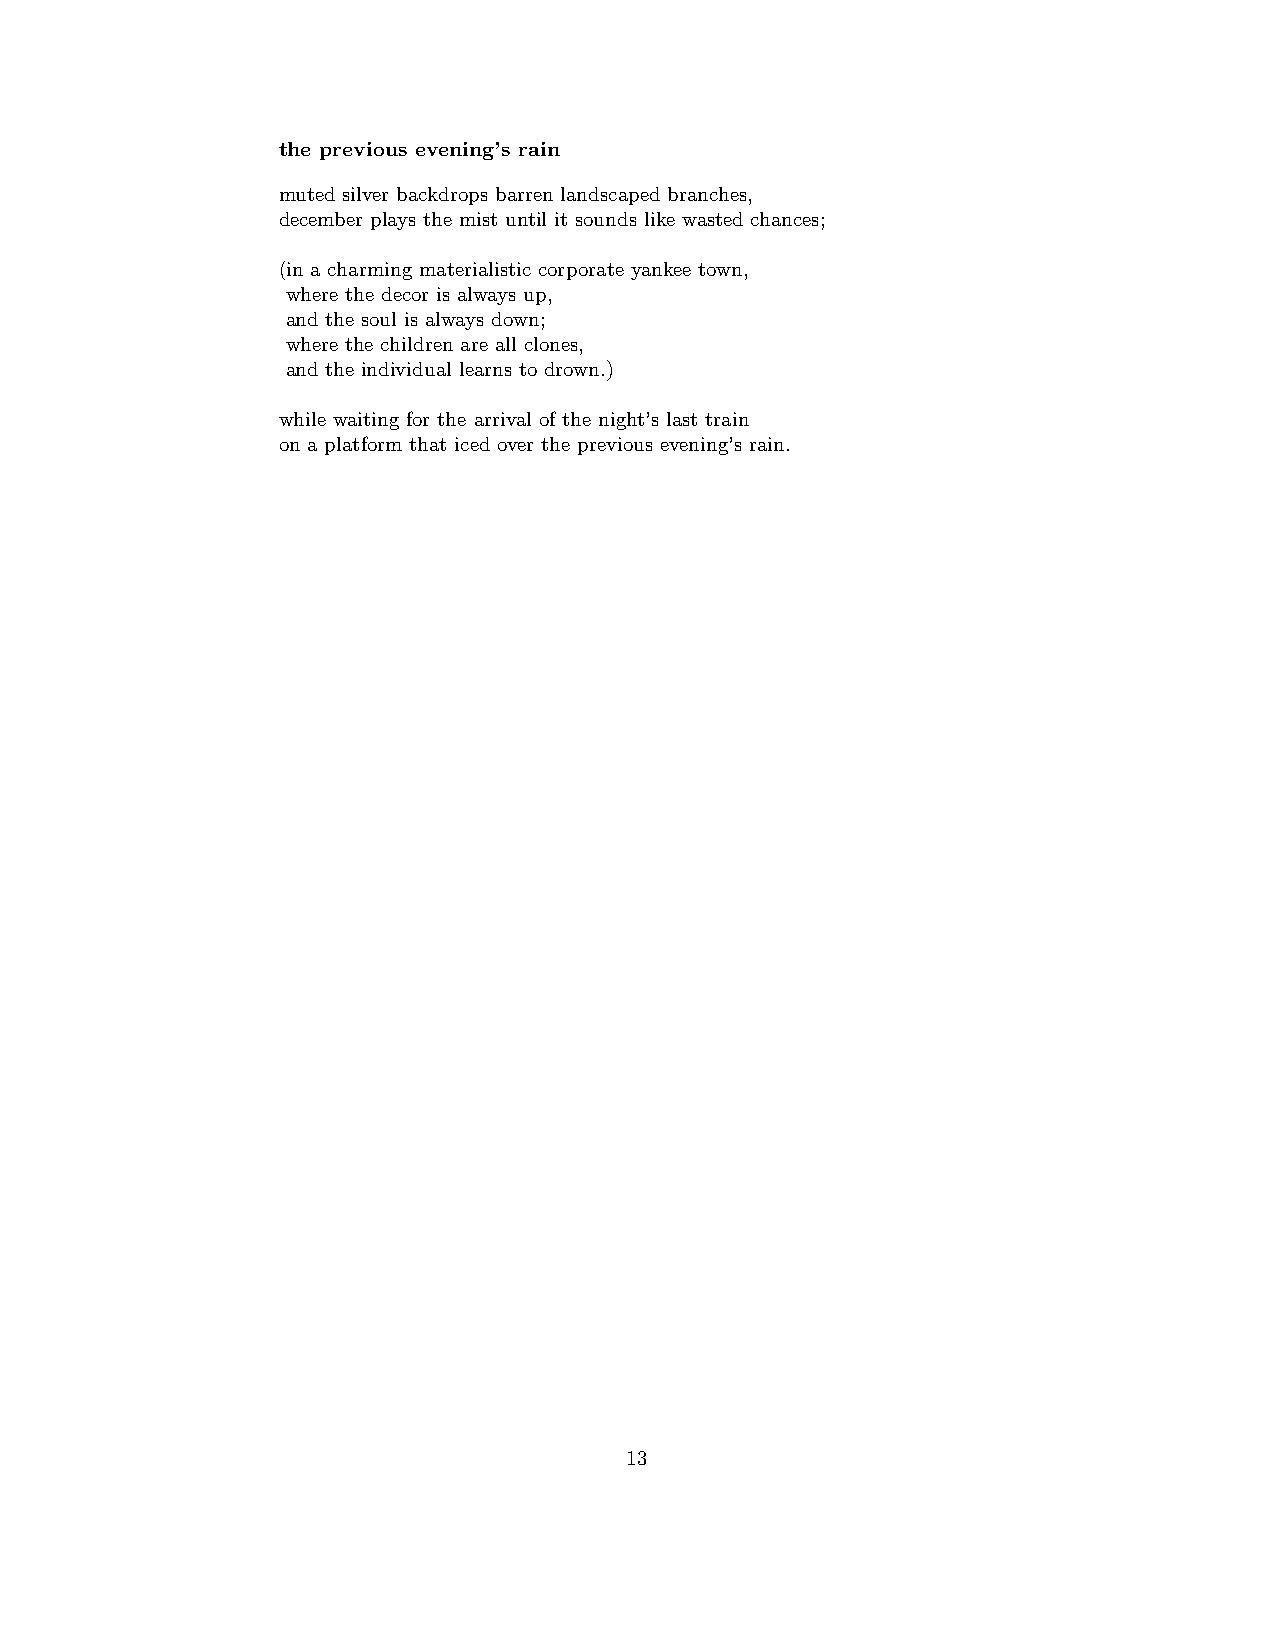
the previous evening’s rain
 muted silver backdrops barren landscaped branches,
 december plays the mist until it sounds like wasted chances;
 (in a charming materialistic corporate yankee town,
 where the decor is always up,
 and the soul is always down;
 where the children are all clones,
 and the individual learns to drown.)
 while waiting for the arrival of the night’s last train
 on a platform that iced over the previous evening’s rain.
 13